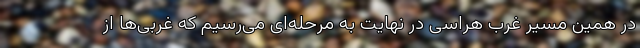
در همین مسیر غرب هراسی در نهایت به مرحله‌ای می‌رسیم که غربی‌ها از